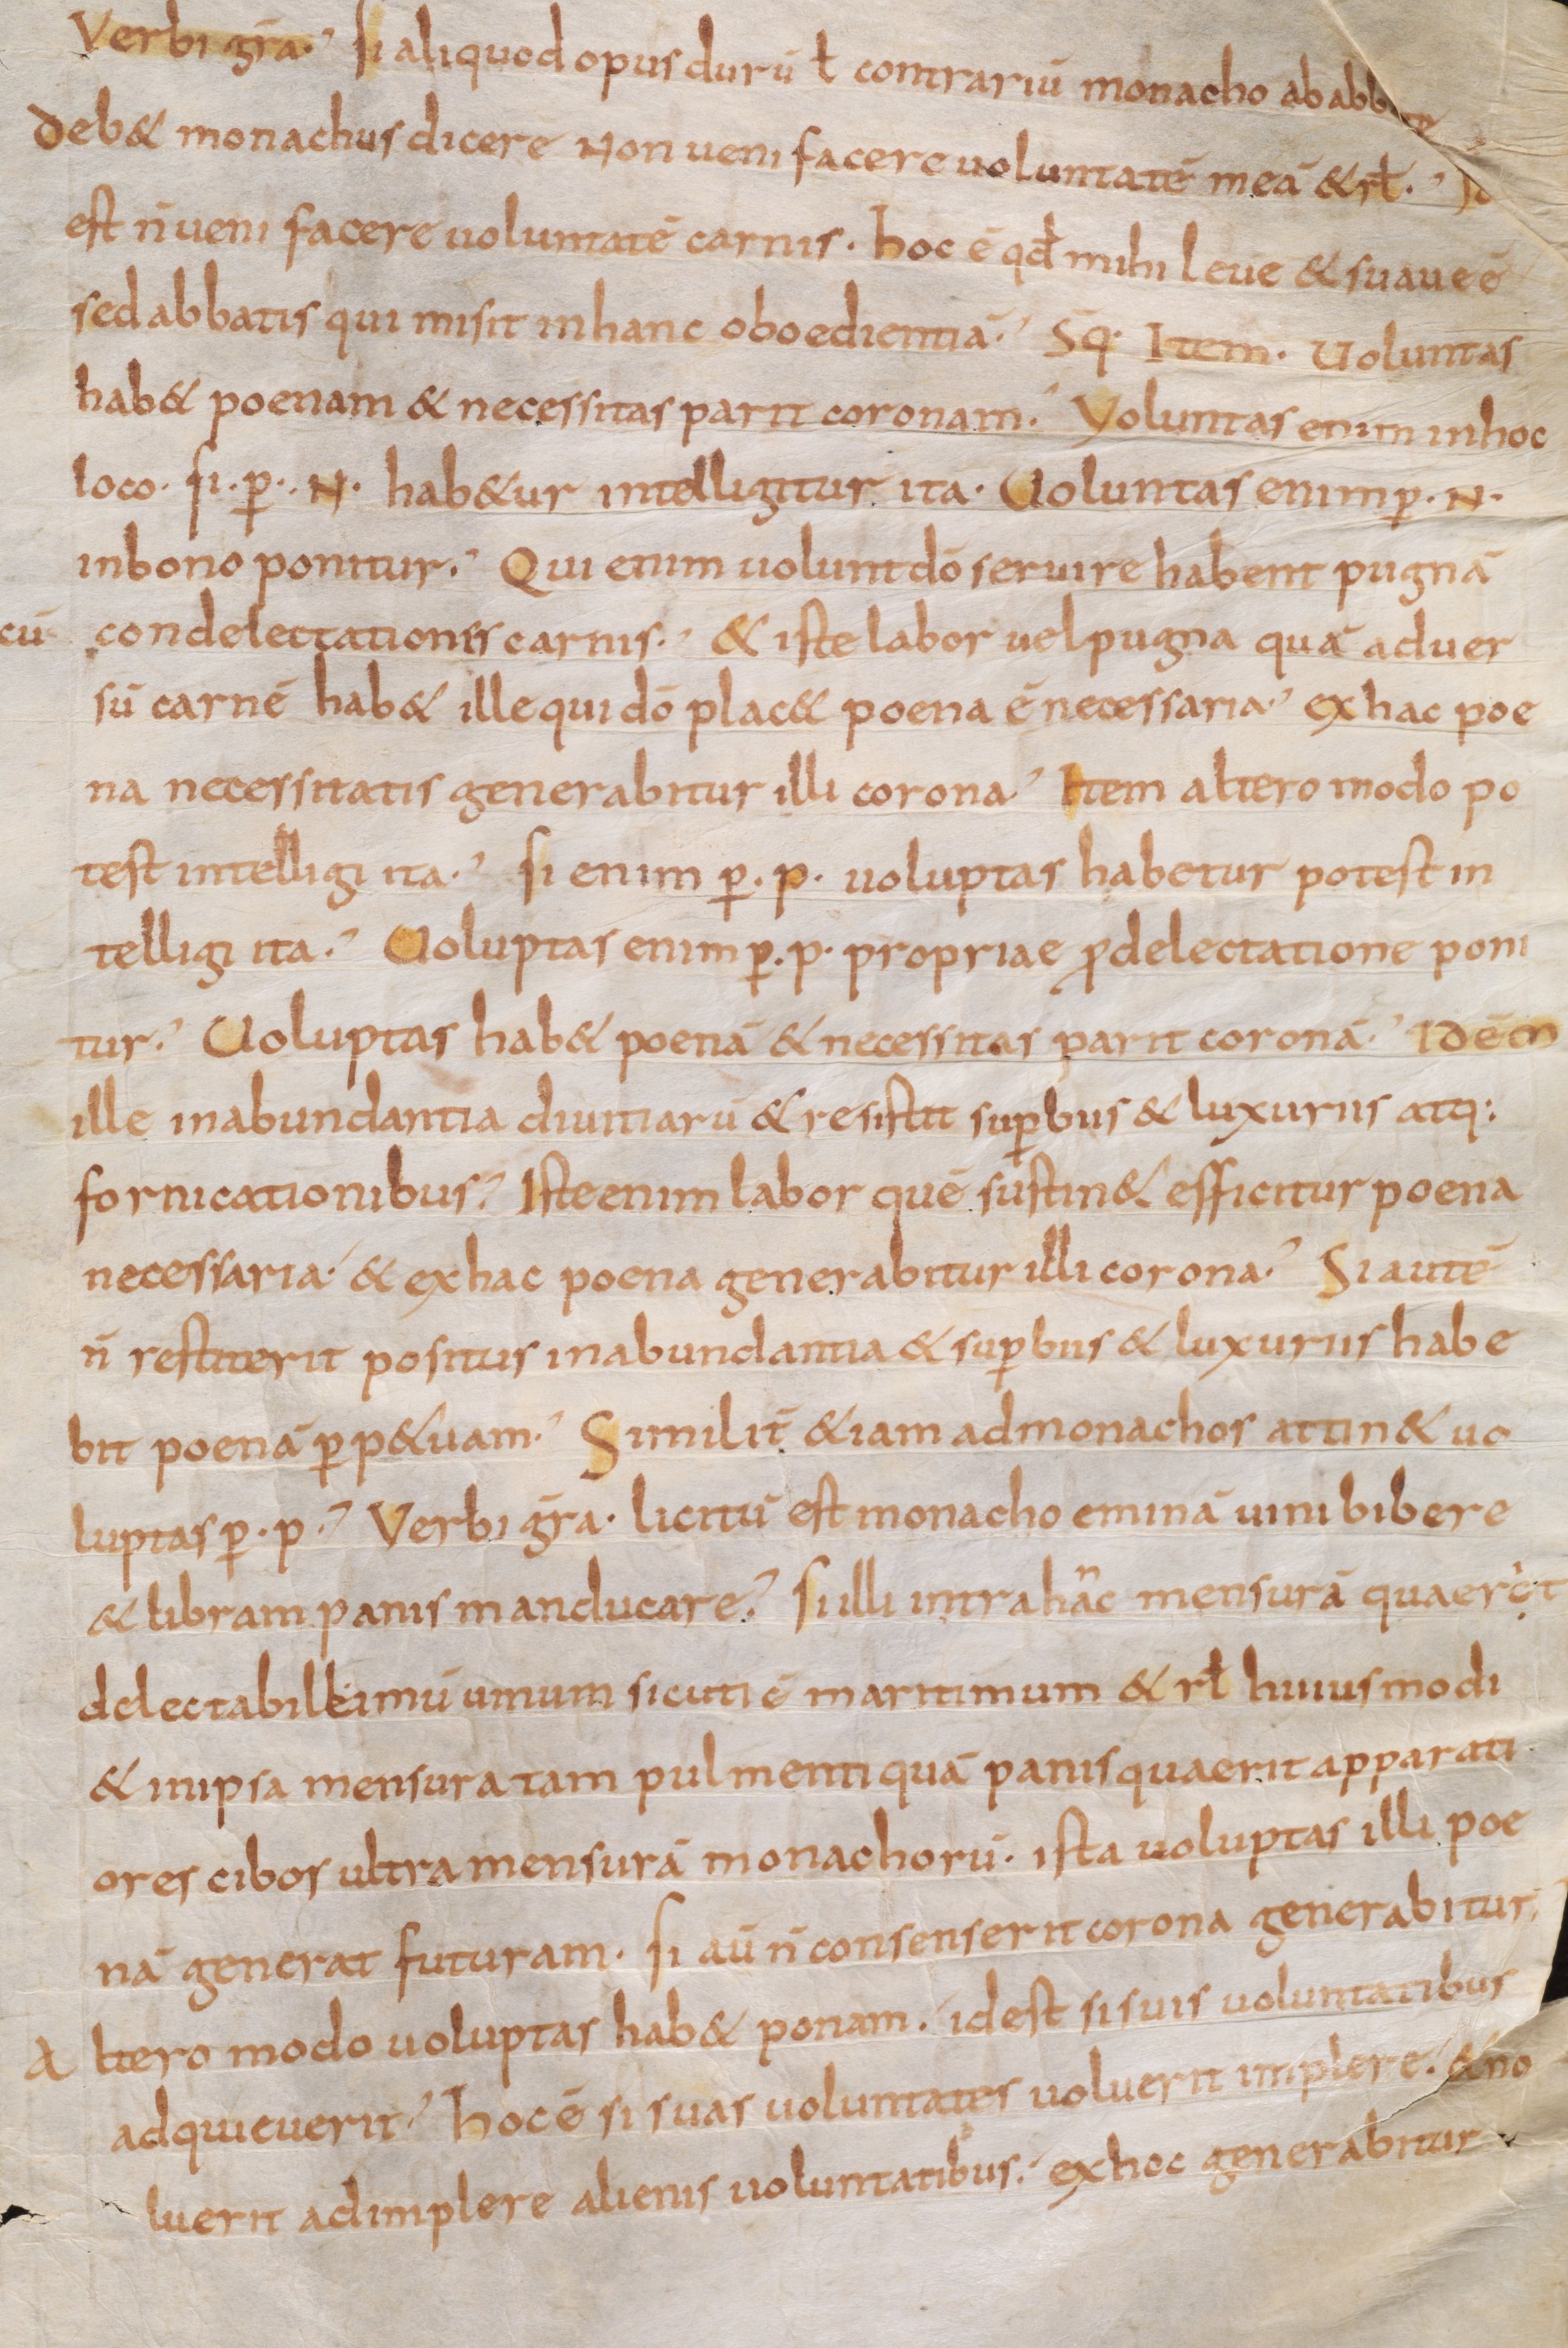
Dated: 800–899